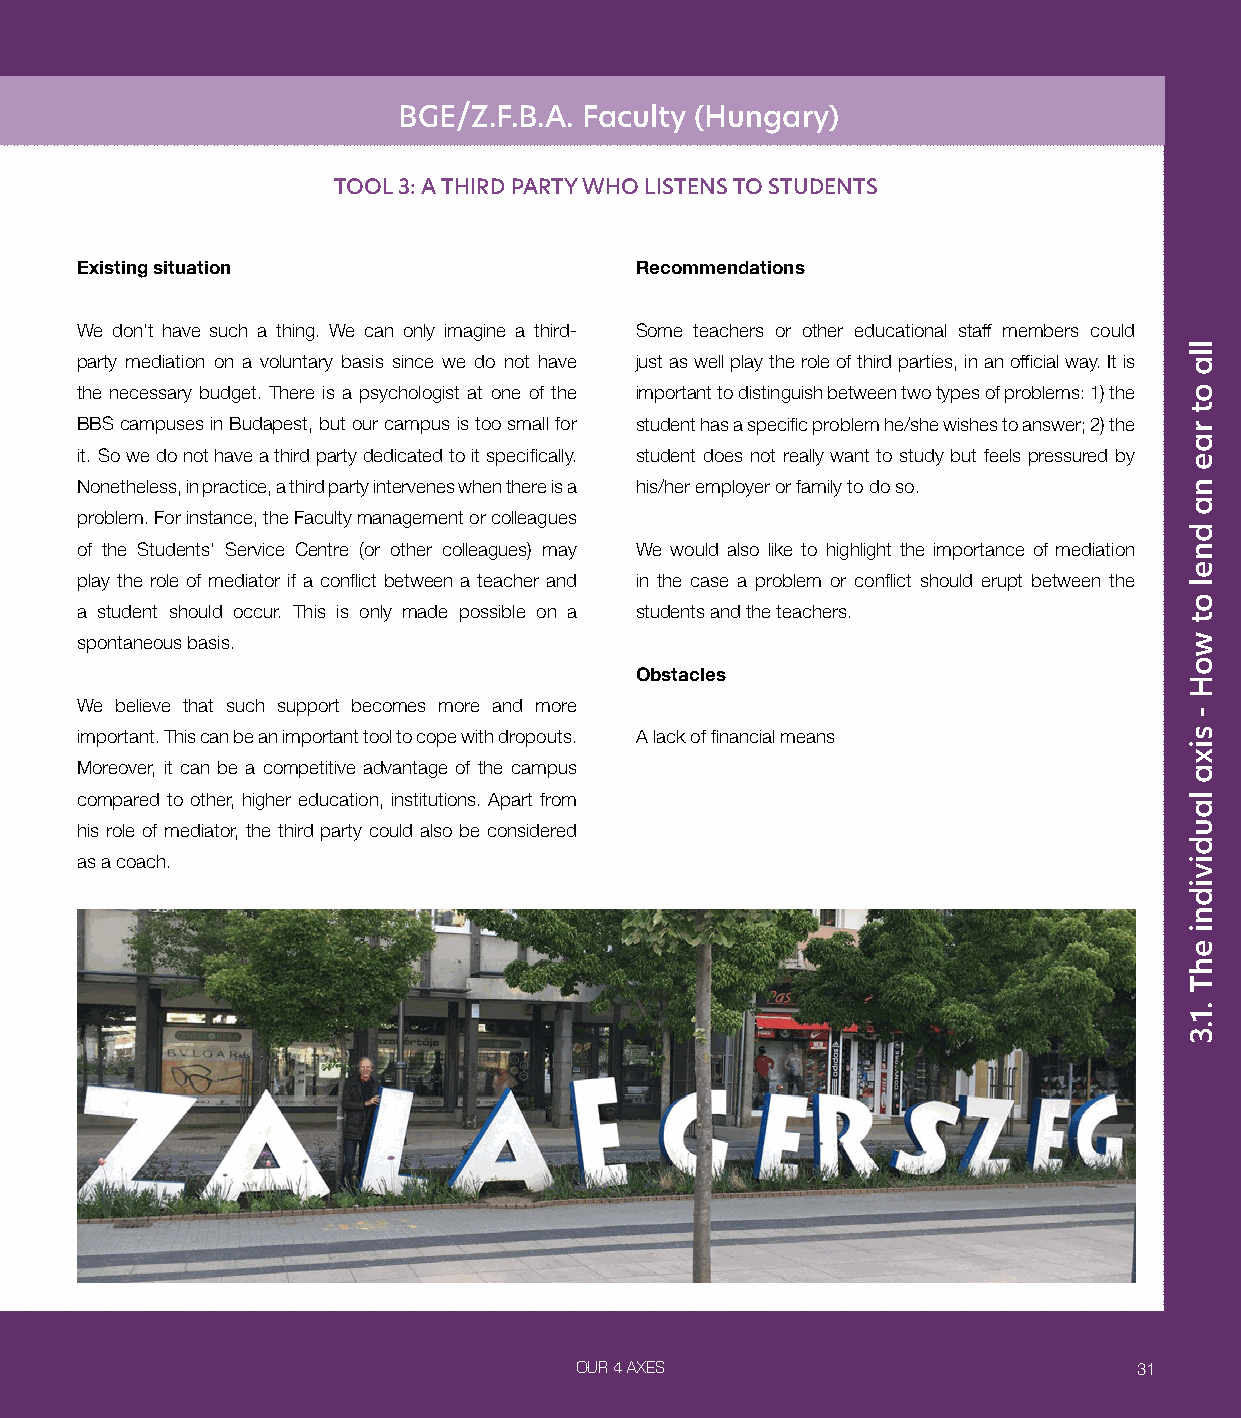
BGE/Z.F.B.A. Faculty (Hungary)
 TOOL 3: A THIRD PARTY WHO LISTENS TO STUDENTS
 Existing situation                   Recommendations
 We don’t have such a thing. We can only imagine a third- Some teachers or other educational staff members could
 party mediation on a voluntary basis since we do not have just as well play the role of third parties, in an official way. It is
 the necessary budget. There is a psychologist at one of the important to distinguish between two types of problems: 1) the
 BBS campuses in Budapest, but our campus is too small for student has a specific problem he/she wishes to answer; 2) the
 it. So we do not have a third party dedicated to it specifically. student does not really want to study but feels pressured by
 Nonetheless, in practice, a third party intervenes when there is a his/her employer or family to do so.
 problem. For instance, the Faculty management or colleagues
 of the Students’ Service Centre (or other colleagues) may We would also like to highlight the importance of mediation
 play the role of mediator if a conflict between a teacher and in the case a problem or conflict should erupt between the
 a student should occur. This is only made possible on a students and the teachers.
 spontaneous basis.
 Obstacles
 We believe that such support becomes more and more
 important. This can be an important tool to cope with dropouts. A lack of financial means
 Moreover, it can be a competitive advantage of the campus
 compared to other, higher education, institutions. Apart from
 his role of mediator, the third party could also be considered
 as a coach.
 OUR 4 AXES                           31
 lla
 ot
 rae
 na
 dnel
 ot
 woH
 -
 sixa
 laudividni
 ehT
 .1.3